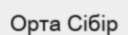
Орта Сібір